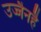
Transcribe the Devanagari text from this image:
उज्जैनहै